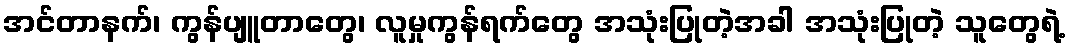
အင်တာနက်၊ ကွန်ပျူတာတွေ၊ လူမှုကွန်ရက်တွေ အသုံးပြုတဲ့အခါ အသုံးပြုတဲ့ သူတွေရဲ့